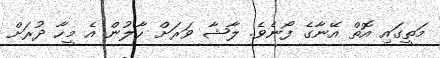
މަތީގައި އޮތް އޭނާގެ ފޯނެވެ. ލާޝާ ވަރަށް ހާލުން އެ މީހާ ދުރަށް